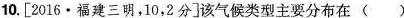
10.[2016·福建三明，10，2分]该气候类型主要分布在()